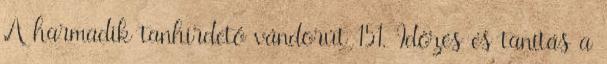
A harmadik tanhirdető vándorút 151. Időzés és tanítás a